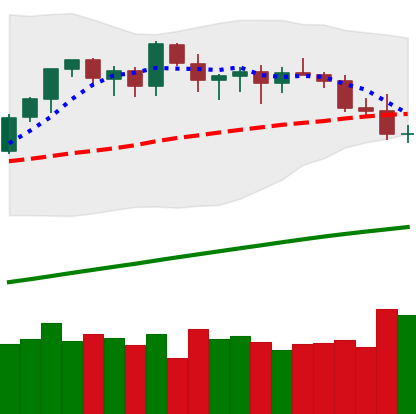
Ticker: ETH-USD
Chart end date: 2021-03-25
Forward return: 15.713%
Label: up_7plus